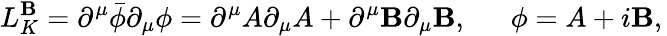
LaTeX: L_{K}^{\mathbf{B}}=\partial^{\mu}\bar{{\phi}}\partial_{\mu}\phi=\partial^{\mu}A\partial_{\mu}A+\partial^{\mu}\mathbf{B}\partial_{\mu}\mathbf{B},\, \, \, \, \, \, \, \, \, \phi=A+i\mathbf{B},\,